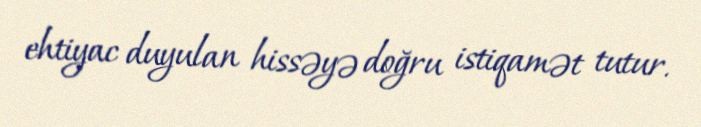
ehtiyac duyulan hissəyə doğru istiqamət tutur.